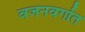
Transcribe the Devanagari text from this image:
वजनवर्गात